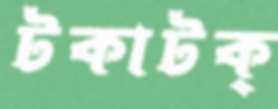
টকাটক্‌